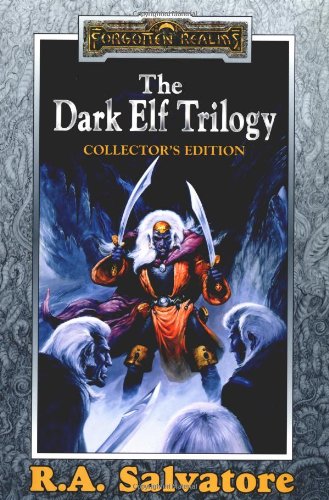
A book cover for The Dark Elf Trilogy: Collector's Edition (Homeland / Exile / Sojourn); R.A. Salvatore; Science Fiction & Fantasy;